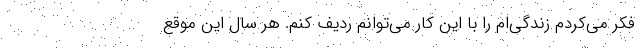
فکر می‌کردم زندگی‌ام را با این کار می‌توانم ردیف کنم. هر سال این موقع